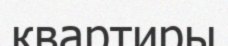
квартиры